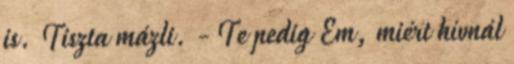
is. Tiszta mázli. - Te pedig Em, miért hívnál